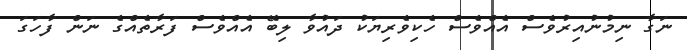
ނަގާ ނިމުނުއިރުވެސް އެއްވެސް ހެކިވެރިޔަކު ދައުވާ ލިބޭ އެއްވެސް ފަރާތެއްގެ ނަން ފާހަގަ